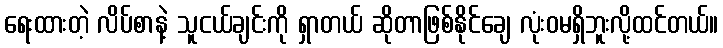
ရေးထားတဲ့ လိပ်စာနဲ့ သူငယ်ချင်းကို ရှာတယ် ဆိုတာဖြစ်နိုင်ချေ လုံးဝမရှိဘူးလို့ထင်တယ်။